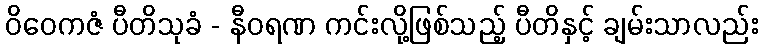
ဝိဝေကဇံ ပီတိသုခံ - နီဝရဏ ကင်းလို့ဖြစ်သည့် ပီတိနှင့် ချမ်းသာလည်း